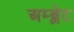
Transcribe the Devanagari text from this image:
अम्ब्लेट